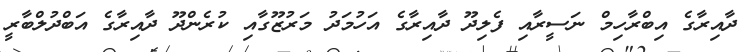
ދާއިރާގެ އިބްރާހިމް ނަސީރާއި ފެލިދޫ ދާއިރާގެ އަހުމަދު މަރުޒޫގާއި ކުރެންދޫ ދާއިރާގެ އަބްދުލްބާރީ